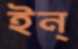
ইন্